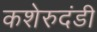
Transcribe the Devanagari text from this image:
कशेरुदंडी